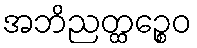
အဘိညတ္ထဉ္စေဝ